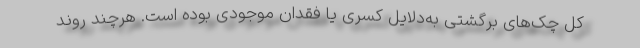
کل چک‌های برگشتی به‌دلایل کسری یا فقدان موجودی بوده است. هرچند روند